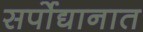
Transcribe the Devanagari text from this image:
सर्पोद्यानात